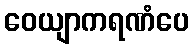
ဝေယျာကရဏံပေ